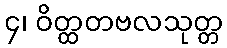
၄၊ ဝိတ္ထတဗလသုတ္တ